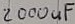
Text: 2000uF